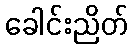
ခေါင်းညိတ်